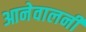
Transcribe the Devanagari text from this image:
आनेवालनी